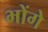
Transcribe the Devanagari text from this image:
भोंगे